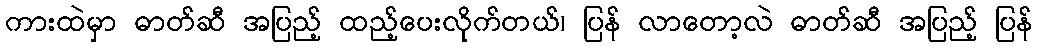
ကားထဲမှာ ဓာတ်ဆီ အပြည့် ထည့်ပေးလိုက်တယ်၊ ပြန် လာတော့လဲ ဓာတ်ဆီ အပြည့် ပြန်